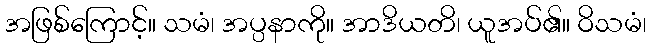
အဖြစ်ကြောင့်။ သမံ၊ အပ္ပနာကို။ အာဒိယတိ၊ ယူအပ်၏။ ဝိသမံ၊